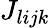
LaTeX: J_{lijk}